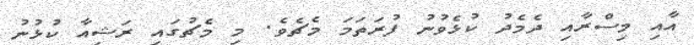
އާއި މިސްރާއި ދެމެދު ކުޅެވުނު ފުރަތަމަ މެޗެވެ. މި މެޗުގައި ރަޝިއާ ކުޅުނު